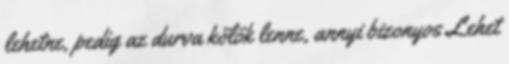
lehetne, pedig az durva kölök lenne, annyi bizonyos Lehet